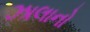
ઝાલાનો